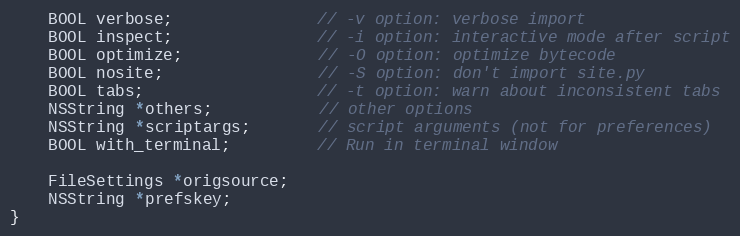
Language: C
    BOOL verbose;               // -v option: verbose import
    BOOL inspect;               // -i option: interactive mode after script
    BOOL optimize;              // -O option: optimize bytecode
    BOOL nosite;                // -S option: don't import site.py
    BOOL tabs;                  // -t option: warn about inconsistent tabs
    NSString *others;           // other options
    NSString *scriptargs;       // script arguments (not for preferences)
    BOOL with_terminal;         // Run in terminal window

    FileSettings *origsource;
    NSString *prefskey;
}